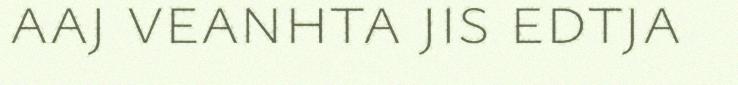
aaj veanhta jis edtja